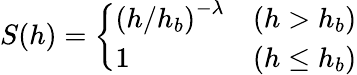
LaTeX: S(h)=\left\{ \begin{array}{ll}{\left(h/h_{b}\right)^{-\lambda}}&{(h>h_{b})}\\ {1}&{(h\le h_{b})}\end{array}\right.